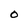
Character: O